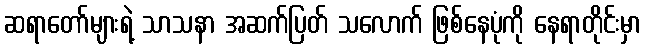
ဆရာတော်များရဲ့ သာသနာ အဆက်ပြတ် သလောက် ဖြစ်နေပုံကို နေရာတိုင်းမှာ